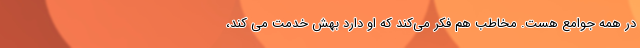
در همه جوامع هست. مخاطب هم فکر می‌کند که او دارد بهش خدمت می کند،